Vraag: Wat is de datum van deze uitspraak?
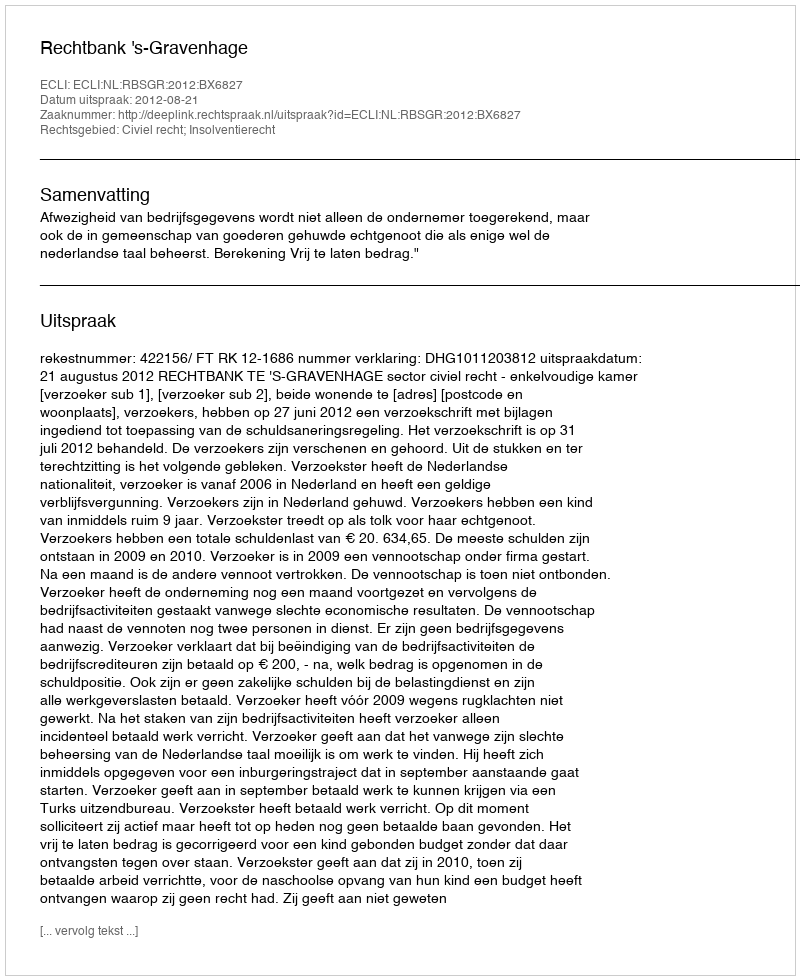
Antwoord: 2012-08-21